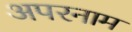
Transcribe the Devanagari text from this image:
अपरनाम